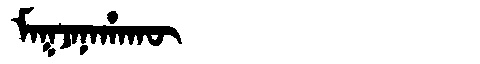
Manchu: ᠮᠠᡴᠵᠠᠨᠠᡥᠠᡴᡡ
Romanization: MAKJANAHAKŪ